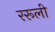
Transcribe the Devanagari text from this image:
ररूली